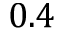
0 . 4